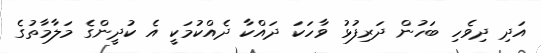
އަދި ދިވެހި ބަހުން ދަރިފުޅު ވާހަކަ ދައްކާ ދެއްކުމަކީ އެ ކުދީންގެ މަލާމާތުގެ